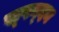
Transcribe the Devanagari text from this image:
स्‍पन्‍दन